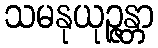
သမနုယုဉ္ဇန္တာ